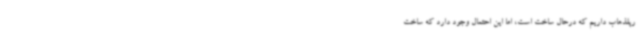
رپلذهاب داریم که درحال ساخت است، اما این احتمال وجود دارد که ساخت